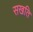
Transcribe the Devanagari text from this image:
सखति